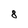
Character: 8